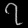
Digit: ၇